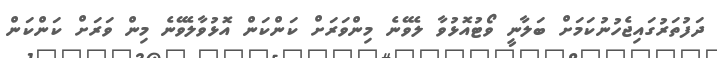
ދަފުތަރުގައިޖެހުނުކަމަށް ބަލާނީ ވޯޓުއޮޅުވާ ލެވޭނެ މިންވަރަށް ކަންކަން އޮޅުވާލެވޭނެ މިން ވަރަށް ކަންކަން